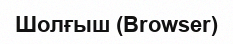
Шолғыш (Browser)